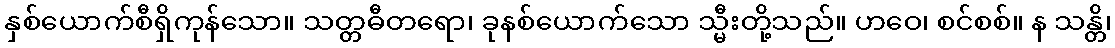
နှစ်ယောက်စီရှိကုန်သော။ သတ္တဓီတရော၊ ခုနစ်ယောက်သော သ္မီးတို့သည်။ ဟဝေ၊ စင်စစ်။ န သန္တိ၊